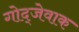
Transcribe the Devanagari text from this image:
गोद्जेवाक